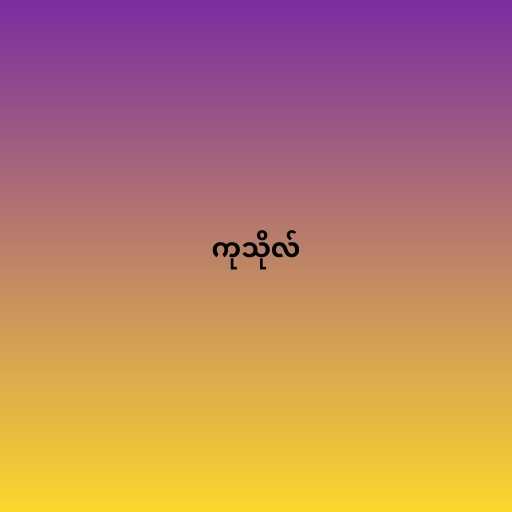
ကုသိုလ်